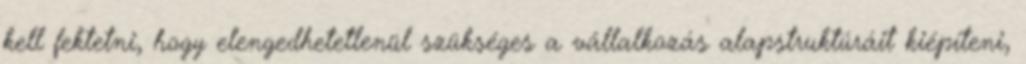
kell fektetni, hogy elengedhetetlenül szükséges a vállalkozás alapstruktúráit kiépíteni,